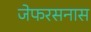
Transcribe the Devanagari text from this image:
जेफरसनास